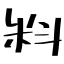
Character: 料